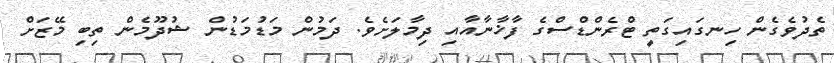
ތެދުވެގެން ހިނގައިގަތީ ޓްރެންޑްސްގެ ފާޚާނާއާއި ދިމާލަށެވެ. ދަމުން މަޑުމަޑުން ޝުދޫމެން ތިބި މޭޒަށް